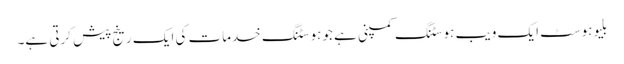
بلیوہوسٹ ایک ویب ہوسٹنگ کمپنی ہے جو ہوسٹنگ خدمات کی ایک رینج پیش کرتی ہے۔